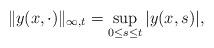
LaTeX: \begin{align*}\|y(x,\cdot)\|_{\infty,t} = \sup_{0\le s \le t} |y(x,s)|,\end{align*}